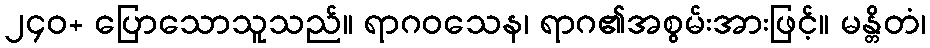
၂၄၀+ ပြောသောသူသည်။ ရာဂဝသေန၊ ရာဂ၏အစွမ်းအားဖြင့်။ မန္တိတံ၊